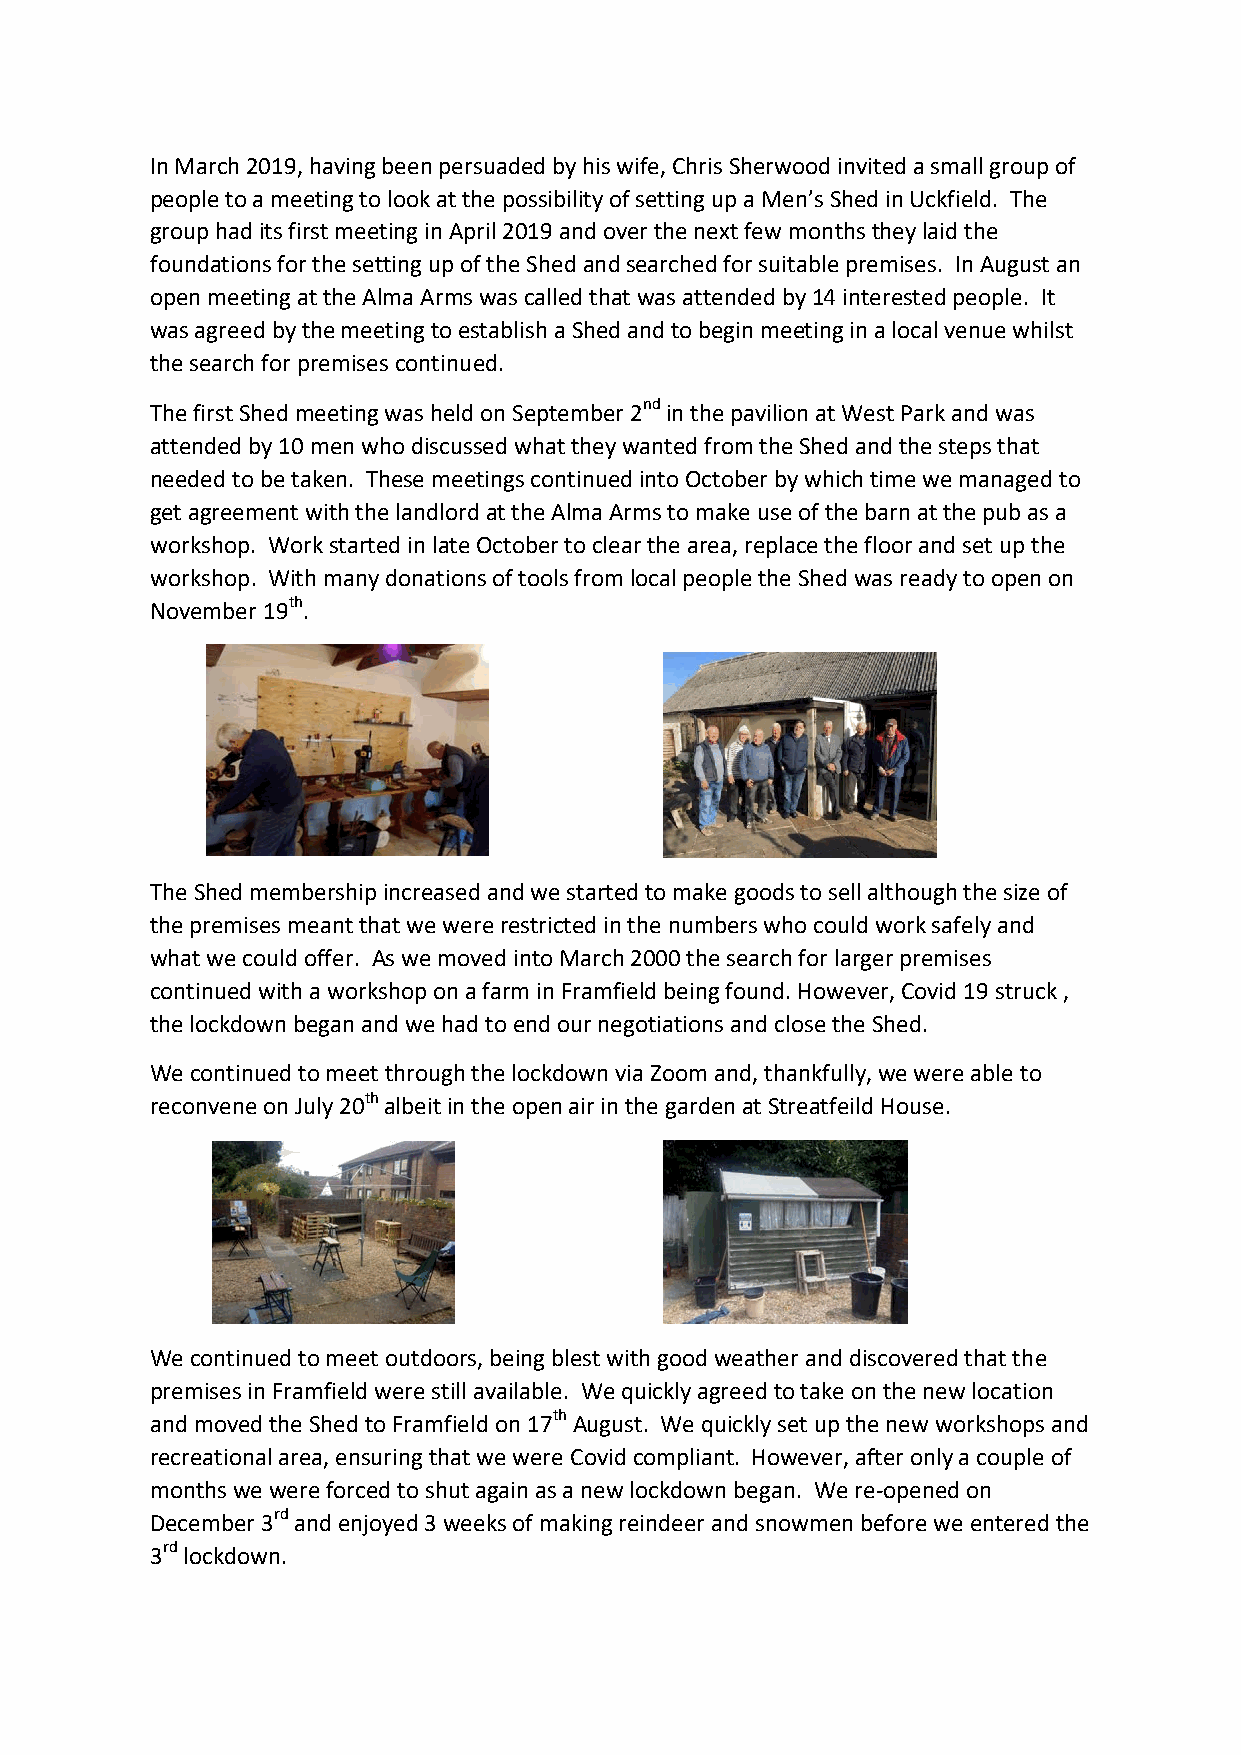
In March 2019, having been persuaded by his wife, Chris Sherwood invited a small group of
 people to a meeting to look at the possibility of setting up a Men’s Shed in Uckfield. The
 group had its first meeting in April 2019 and over the next few months they laid the
 foundations for the setting up of the Shed and searched for suitable premises. In August an
 open meeting at the Alma Arms was called that was attended by 14 interested people. It
 was agreed by the meeting to establish a Shed and to begin meeting in a local venue whilst
 the search for premises continued.
 The first Shed meeting was held on September 2nd in the pavilion at West Park and was
 attended by 10 men who discussed what they wanted from the Shed and the steps that
 needed to be taken. These meetings continued into October by which time we managed to
 get agreement with the landlord at the Alma Arms to make use of the barn at the pub as a
 workshop. Work started in late October to clear the area, replace the floor and set up the
 workshop. With many donations of tools from local people the Shed was ready to open on
 November 19th.
 The Shed membership increased and we started to make goods to sell although the size of
 the premises meant that we were restricted in the numbers who could work safely and
 what we could offer. As we moved into March 2000 the search for larger premises
 continued with a workshop on a farm in Framfield being found. However, Covid 19 struck ,
 the lockdown began and we had to end our negotiations and close the Shed.
 We continued to meet through the lockdown via Zoom and, thankfully, we were able to
 reconvene on July 20th albeit in the open air in the garden at Streatfeild House.
 We continued to meet outdoors, being blest with good weather and discovered that the
 premises in Framfield were still available. We quickly agreed to take on the new location
 and moved the Shed to Framfield on 17th August. We quickly set up the new workshops and
 recreational area, ensuring that we were Covid compliant. However, after only a couple of
 months we were forced to shut again as a new lockdown began. We re-opened on
 December 3rd and enjoyed 3 weeks of making reindeer and snowmen before we entered the
 3rd lockdown.